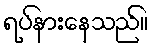
ရပ်နားနေသည်။